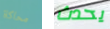
محاكاة يحدث